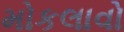
મોકલાવો